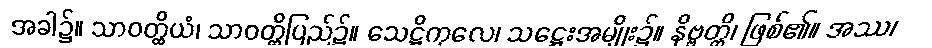
အခါ၌။ သာဝတ္ထိယံ၊ သာဝတ္ထိပြည်၌။ သေဋ္ဌိကုလေ၊ သဋ္ဌေးအမျိုး၌။ နိဗ္ဗတ္တိ၊ ဖြစ်၏။ အဿ၊